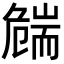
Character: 𦓛